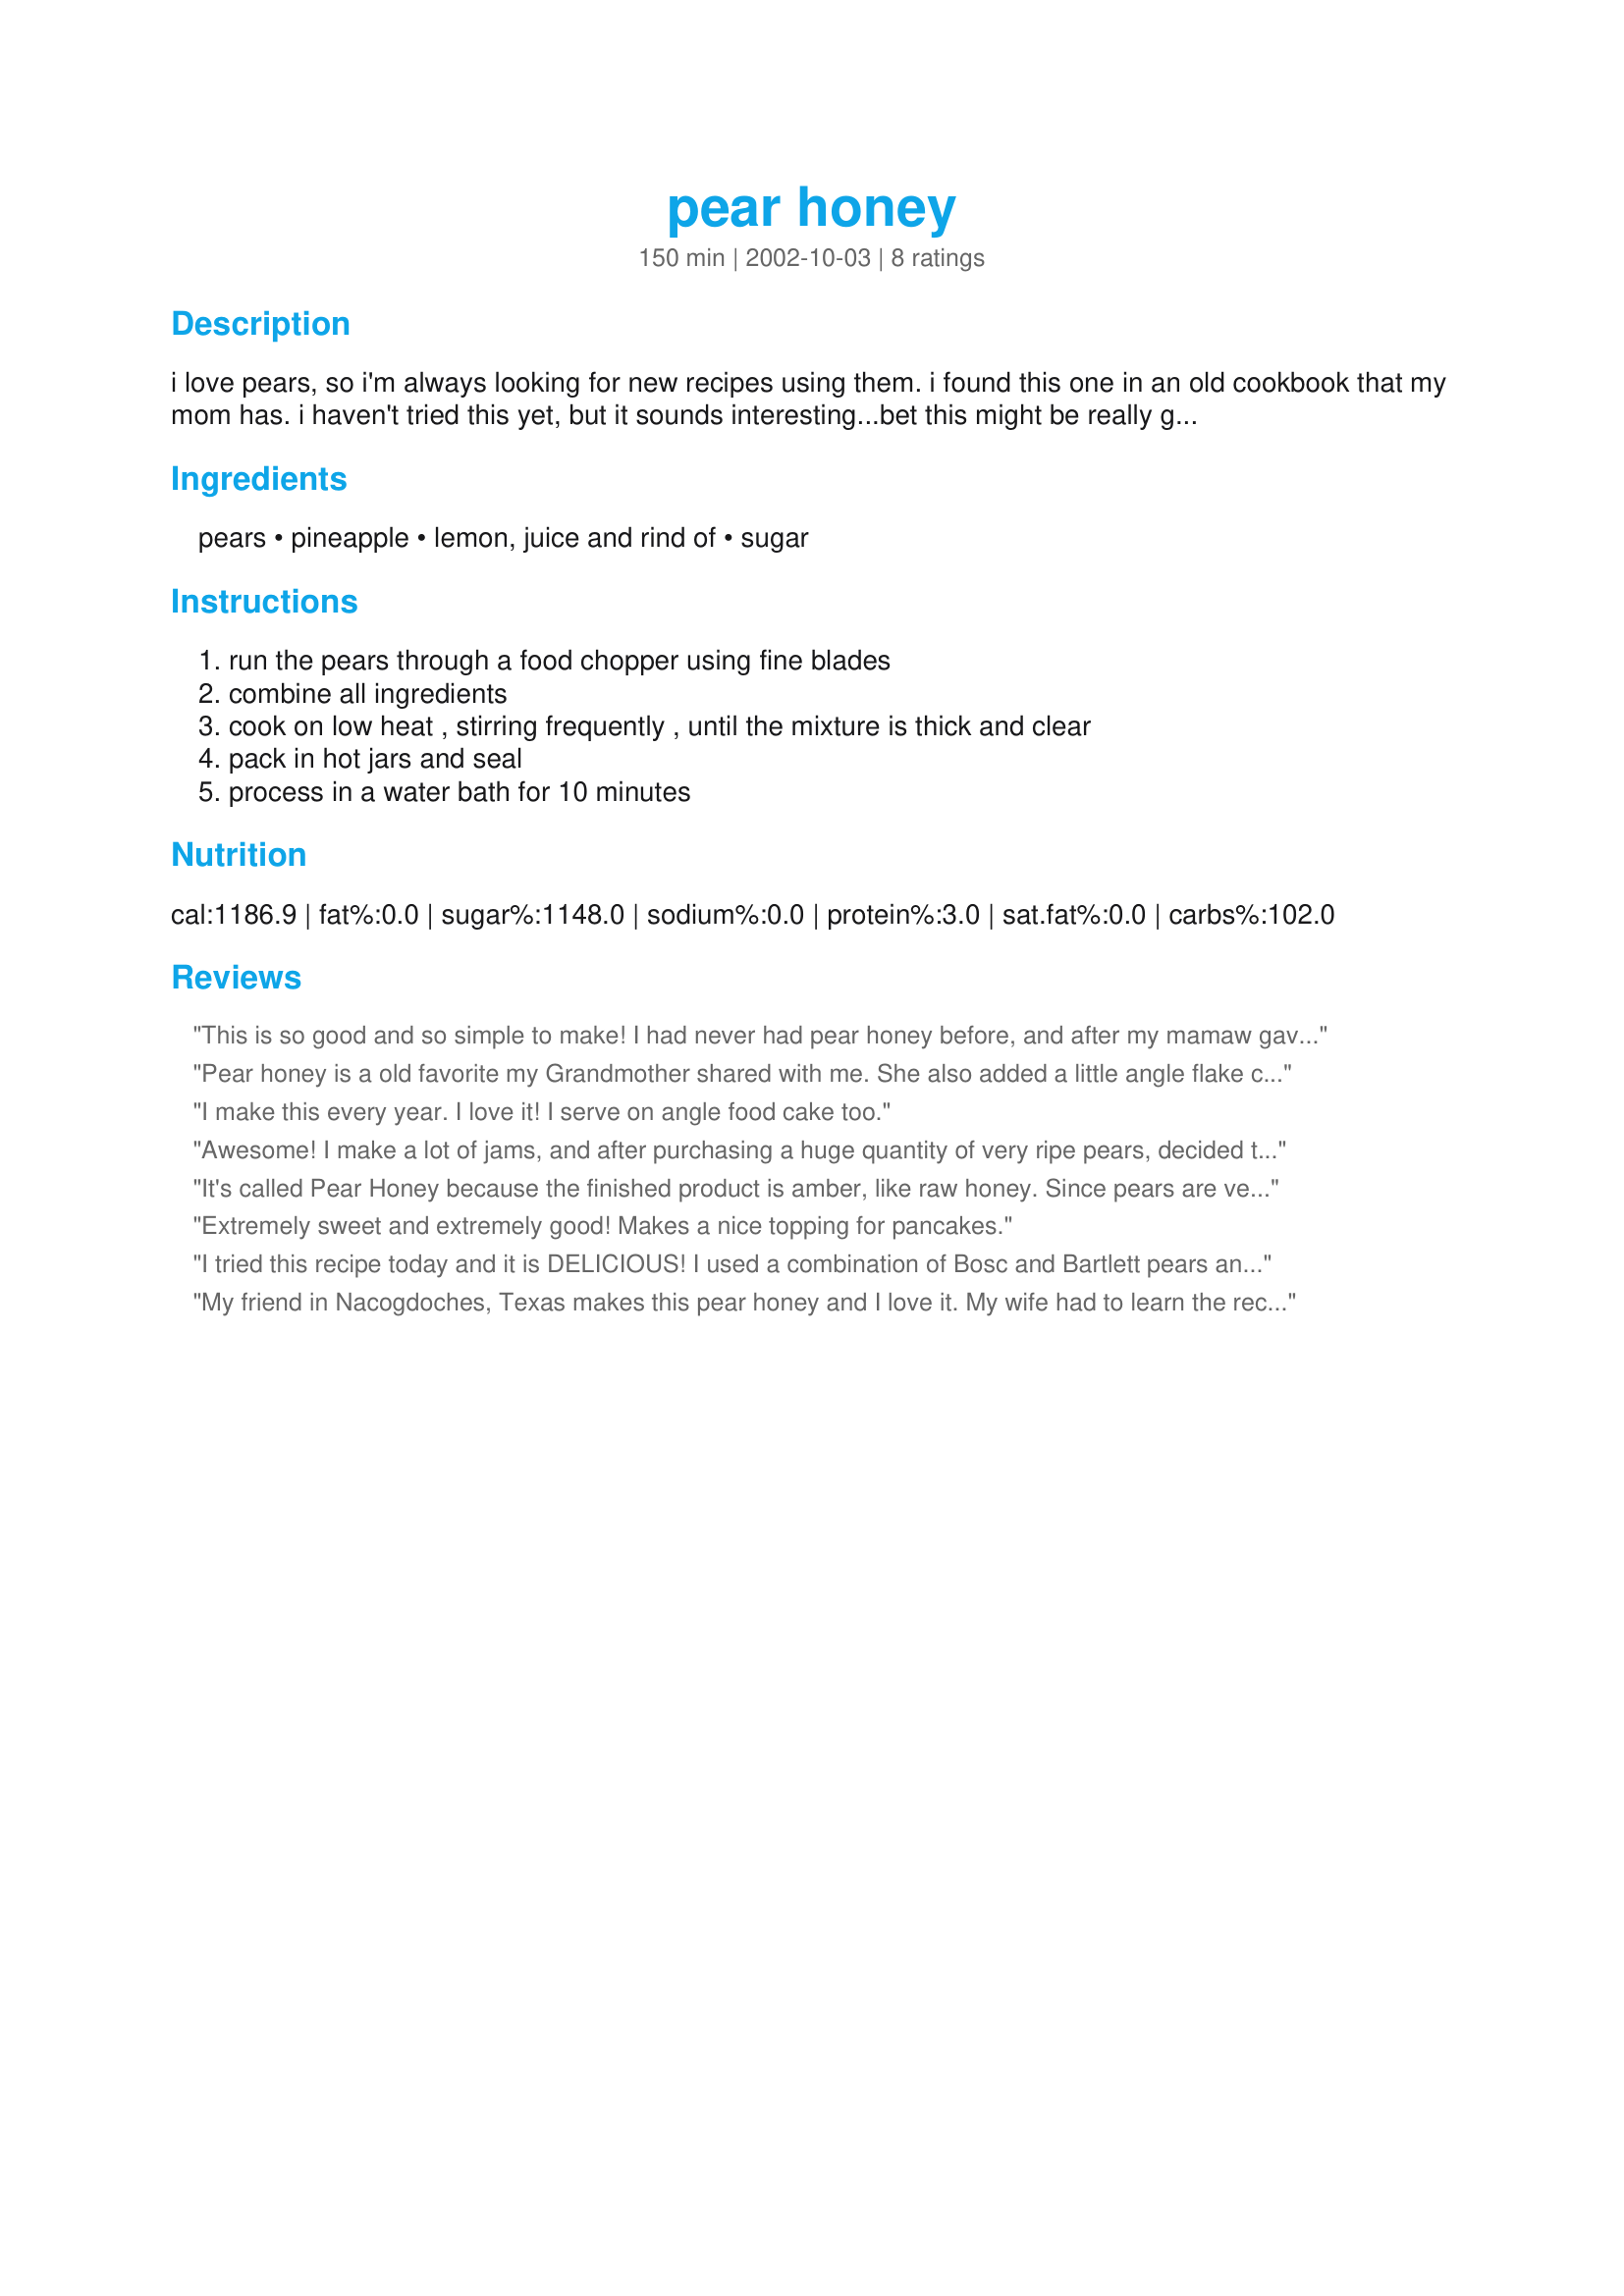
pear honey
Preparation time: 150 minutes

i love pears, so i'm always looking for new recipes using them. i found this one in an old cookbook that my mom has. i haven't tried this yet, but it sounds interesting...bet this might be really good with biscuits or maybe pancakes. i'm not really sure why it's called pear

Ingredients:
pears, pineapple, lemon, juice and rind of, sugar

Steps:
run the pears through a food chopper using fine blades, combine all ingredients, cook on low heat , stirring frequently , until the mixture is thick and clear, pack in hot jars and seal, process in a water bath for 10 minutes

Reviews:
This is so good and so simple to make! I had never had pear honey before, and after my mamaw gave me a TON of pears from her tree, I figured I give this a try. I'm definatley hooked!!! Thank you sooo much for posting this recipe!
Pear honey is a old favorite my Grandmother shared with me.
She also added a little angle flake coconut - added treat.
goooooood!!
I make this every year. I love it! I serve on angle food cake too.
Awesome! I make a lot of jams, and after purchasing a huge quantity of very ripe pears, decided to try a variety of pear recipes. This was my favorite. I normally share my creations with friends and family, not sure if any of them will get a sample of this one, though:) Easy and the jars are beautiful. Took about 30 minutes to cook the jam. If you are new to canning or need instructions for hot water bath procedures, be sure to visit the Canning Forum here on Zaar for lots of helpful information. Thanks for sharing the recipe!
It's called Pear Honey because the finished product is amber, like raw honey. Since pears are very mild flavored, and with the addition of pineapple and lemon, you don't really taste pears. Instead, it tastes like a fruity honey. If you like a thicker jam consistency, bring it to the gel point (about 220 degrees), stirring constantly. This produces a darker, thicker jam.
Extremely sweet and extremely good! Makes a nice topping for pancakes.
I tried this recipe today and it is DELICIOUS! I used a combination of Bosc and Bartlett pears and it worked wonderfully. This was my first canning experience and the cook time in the recipe was perfect. If you're an experienced canner, it would probably not take quite that long.
My friend in Nacogdoches, Texas makes this pear honey and I love it. My wife had to learn the recipe and every year we mooch pears. Can't wait for my trees to get large enough to bear fruit.
LR Beckwith
